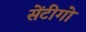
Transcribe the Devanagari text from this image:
सेंटीगो